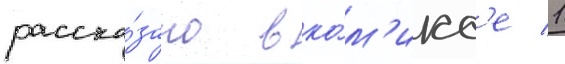
расска́зано в ко́м'икс'е 1